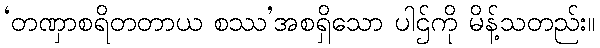
‘တဏှာစရိတတာယ စဿ’အစရှိသော ပါဌ်ကို မိန့်သတည်း။